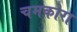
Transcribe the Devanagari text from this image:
चमकोरा